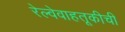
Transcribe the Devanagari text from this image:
रेल्वेवाहतूकीची